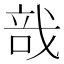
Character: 𢧂